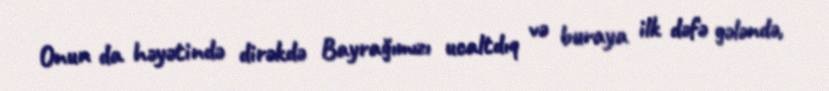
Onun da həyətində dirəkdə Bayrağımızı ucaltdıq və buraya ilk dəfə gələndə,